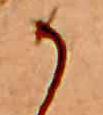
か